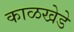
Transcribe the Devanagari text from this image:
काळखेडे